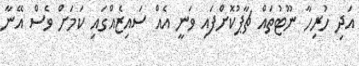
އަދި ހުރިހާ ނޫޓުތައް ޗާޕުކޮށްފައި ވަނީ އެއް ސައިޒެއްގައި ކަމަށް ވެސް އޭނާ